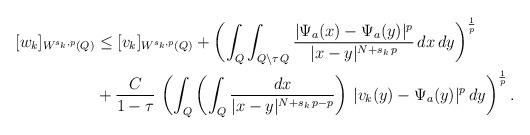
LaTeX: \begin{align*}[w_k]_{W^{s_k,p}(Q)}&\le [v_k]_{W^{s_k,p}(Q)}+\left(\int_Q \int_{Q\setminus\tau\,Q} \frac{|\Psi_a(x)-\Psi_a(y)|^p}{|x-y|^{N+s_k\,p}}\,dx\,dy\right)^\frac{1}{p}\\&+\frac{C}{1-\tau}\,\left(\int_Q \left(\int_Q \frac{dx}{|x-y|^{N+s_k\,p-p}}\right)\,|v_k(y)-\Psi_a(y)|^p\,dy\right)^\frac{1}{p}.\end{align*}